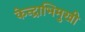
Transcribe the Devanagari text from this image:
केन्द्राभिमुखी